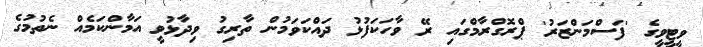
ވީޓީވީގެ 'ފަސްމަންޒަރު' ޕްރޮގްރާމްގައި ރޭ ވާހަކަފުޅު ދައްކަވަމުން ތާރިގު ވިދާޅުވީ އަމާންކަމެއް ނެތުމުގެ